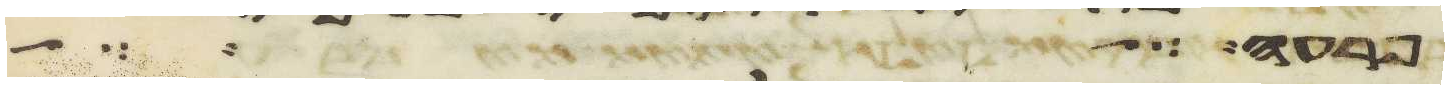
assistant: פרעה על